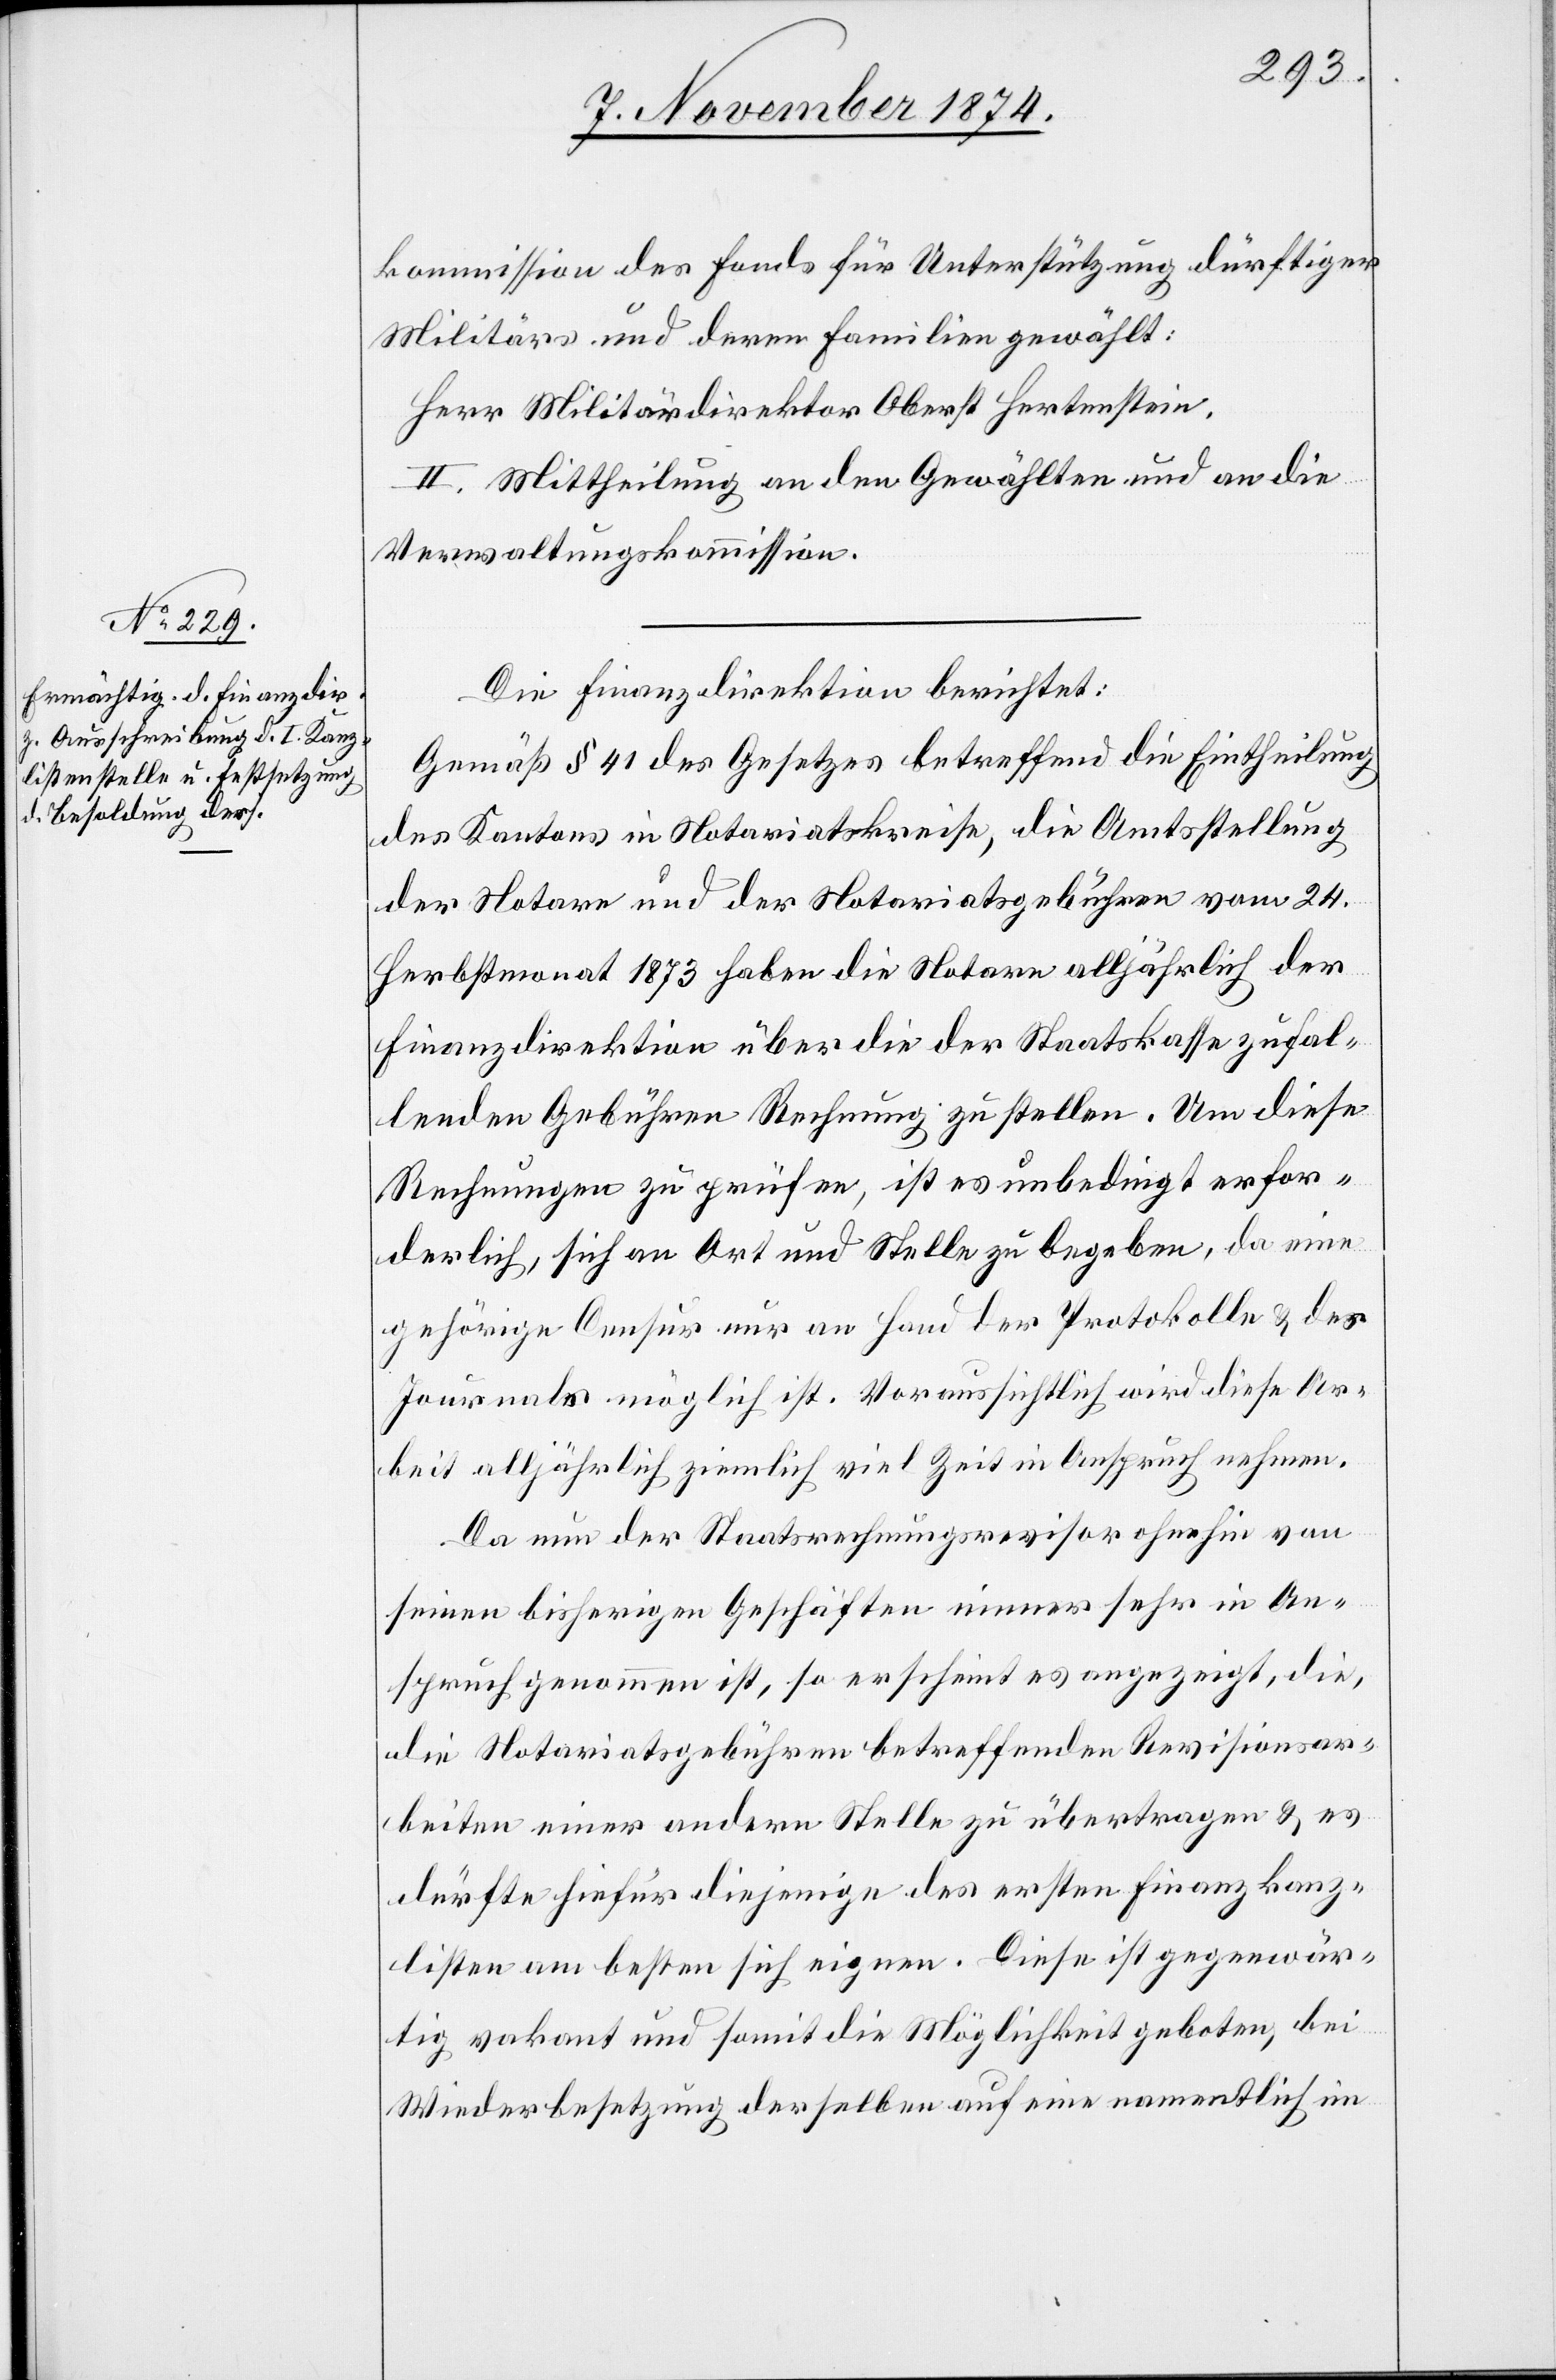
kommission des Fonds für Unterstützung dürftiger
Militärs und deren Familien gewählt:
Herr Militärdirektor Oberst Hertenstein.
II. Mittheilung an den Gewählten und an die
Verwaltungskommission.
Die Finanzdirektion berichtet:
Gemäß § 41 des Gesetzes betreffend die Eintheilung
des Kantons in Notariatskreise, die Amtsstellung
der Notare und der Notariatsgebühren vom 24.
Herbstmonat 1873 haben die Notare alljährlich der
Finanzdirektion über die der Staatskasse zufal¬
lenden Gebühren Rechnung zu stellen. Um diese
Rechnungen zu prüfen, ist es unbedingt erfor¬
derlich, sich an Ort und Stelle zu begeben, da eine
gehörige Censur nur an Hand der Protokolle & des
Journals möglich ist. Voraussichtlich wird diese Ar¬
beit alljährlich ziemlich viel Zeit in Anspruch nehmen.
Da nun der Staatsrechnungsrevisor ohnehin von
seinen bisherigen Geschäften immer sehr in An¬
spruch genommen ist, so erscheint es angezeigt, die,
die Notariatsgebühren betreffenden Revisionsar¬
beiten einer andern Stelle zu übertragen & es
dürfte hiefür diejenige des ersten Finanzkanz¬
listen am besten sich eignen. Diese ist gegenwär¬
tig vakant und somit die Möglichkeit geboten, bei
Wiederbesetzung derselben auf eine namentlich in